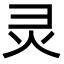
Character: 灵